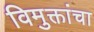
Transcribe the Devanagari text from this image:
विमुक्तांचा